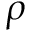
\rho